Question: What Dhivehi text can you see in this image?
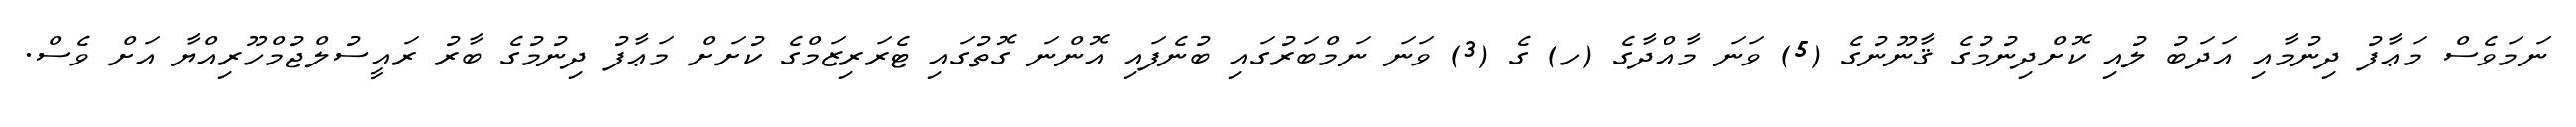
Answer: ނަމަވެސް މަޢާފު ދިނުމާއި އަދަބު ލުއި ކޮށްދިނުމުގެ ޤާނޫނުގެ (5) ވަނަ މާއްދާގެ (ހ) ގެ (3) ވަނަ ނަމްބަރުގައި ބުނެފައި އޮންނަ ގޮތުގައި ޓެރަރިޒަމްގެ ކުށަށް މަޢާފު ދިނުމުގެ ބާރު ރައީސުލްޖުމްހޫރިއްޔާ އަށް ވެސް.